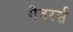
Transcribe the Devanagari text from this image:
गैदरर्स